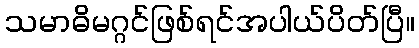
သမာဓိမဂ္ဂင်ဖြစ်ရင်အပါယ်ပိတ်ပြီ။